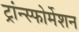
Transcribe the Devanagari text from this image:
ट्रांन्स्फोर्मेशन